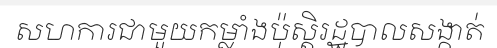
សហការជាមួយកម្លាំងប៉ុស្តិរដ្ឋបាលសង្កាត់